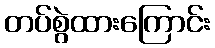
တပ်စွဲထားကြောင်း